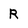
Character: R